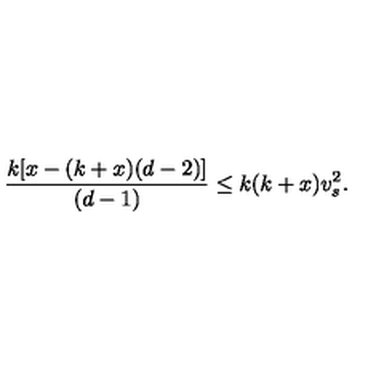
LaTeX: \frac { k [ x - ( k + x ) ( d - 2 ) ] } { ( d - 1 ) } \leq k ( k + x ) v _ { s } ^ { 2 } .